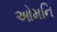
ઓમનિ